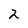
Character: 2